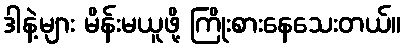
ဒါနဲ့များ မိန်းမယူဖို့ ကြိုးစားနေသေးတယ်။